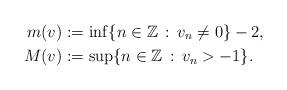
LaTeX: \begin{align*} m(v)&:= \inf\{n\in\mathbb{Z}\,:\,v_n\neq0\}-2, \\ M(v)&:= \sup\{n\in\mathbb{Z}\,:\,v_n>-1\}.\end{align*}